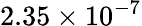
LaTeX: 2.35\times 10^{-7}